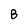
Character: B